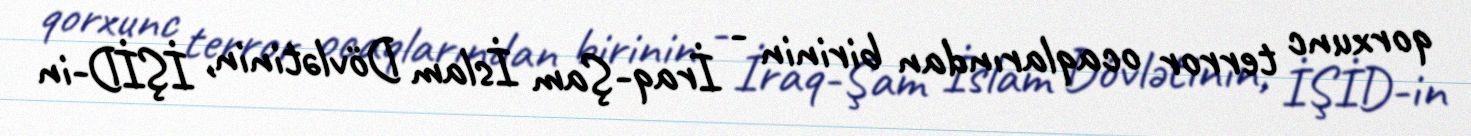
qorxunc terror ocaqlarından birinin - İraq-Şam İslam Dövlətinin, İŞİD-in